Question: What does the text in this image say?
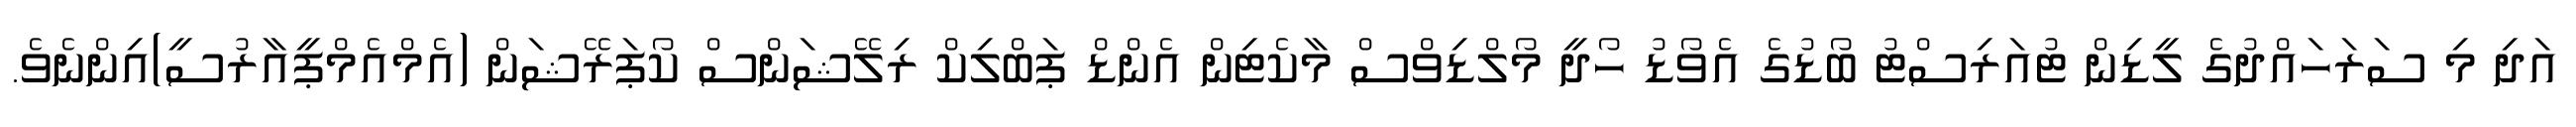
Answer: އަދި މި ސަރަހައްދުގެ ލީޑިން ޓުއަރިސްޓު ބޯޑުގެ އެވޯޑު ހޯދީ މޯލްޑިވްސް މާކެޓިން އެންޑް ޕަބްލިކް ރިލޭޝަންސް ކޯޕަރޭޝަން (އެމްއެމްޕީއާރުސީ)އިންނެވެ.